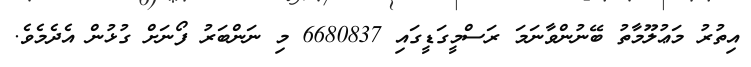
އިތުރު މަޢުލޫމާތު ބޭނުންވާނަމަ ރަސްމީގަޑީގައި 6680837 މި ނަންބަރު ފޯނަށް ގުޅުން އެދެމެވެ.